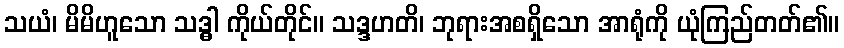
သယံ၊ မိမိဟူသော သဒ္ဓါ ကိုယ်တိုင်။ သဒ္ဒဟတိ၊ ဘုရားအစရှိသော အာရုံကို ယုံကြည်တတ်၏။